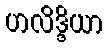
ဟလိဒ္ဒိယာ